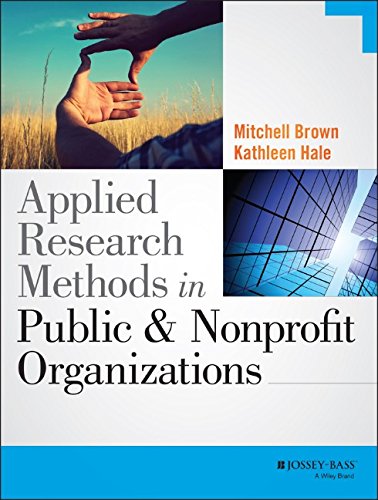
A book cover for Applied Research Methods in Public and Nonprofit Organizations; Mitchell Brown; Business & Money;